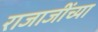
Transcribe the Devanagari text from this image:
राजाजींच्या